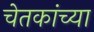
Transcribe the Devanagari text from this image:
चेतकांच्या